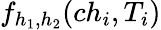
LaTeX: f_{h_{1},h_{2}}(ch_{i},T_{i})